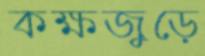
কক্ষজুড়ে